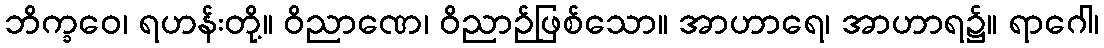
ဘိက္ခဝေ၊ ရဟန်းတို့။ ဝိညာဏေ၊ ဝိညာဉ်ဖြစ်သော။ အာဟာရေ၊ အာဟာရ၌။ ရာဂေါ၊